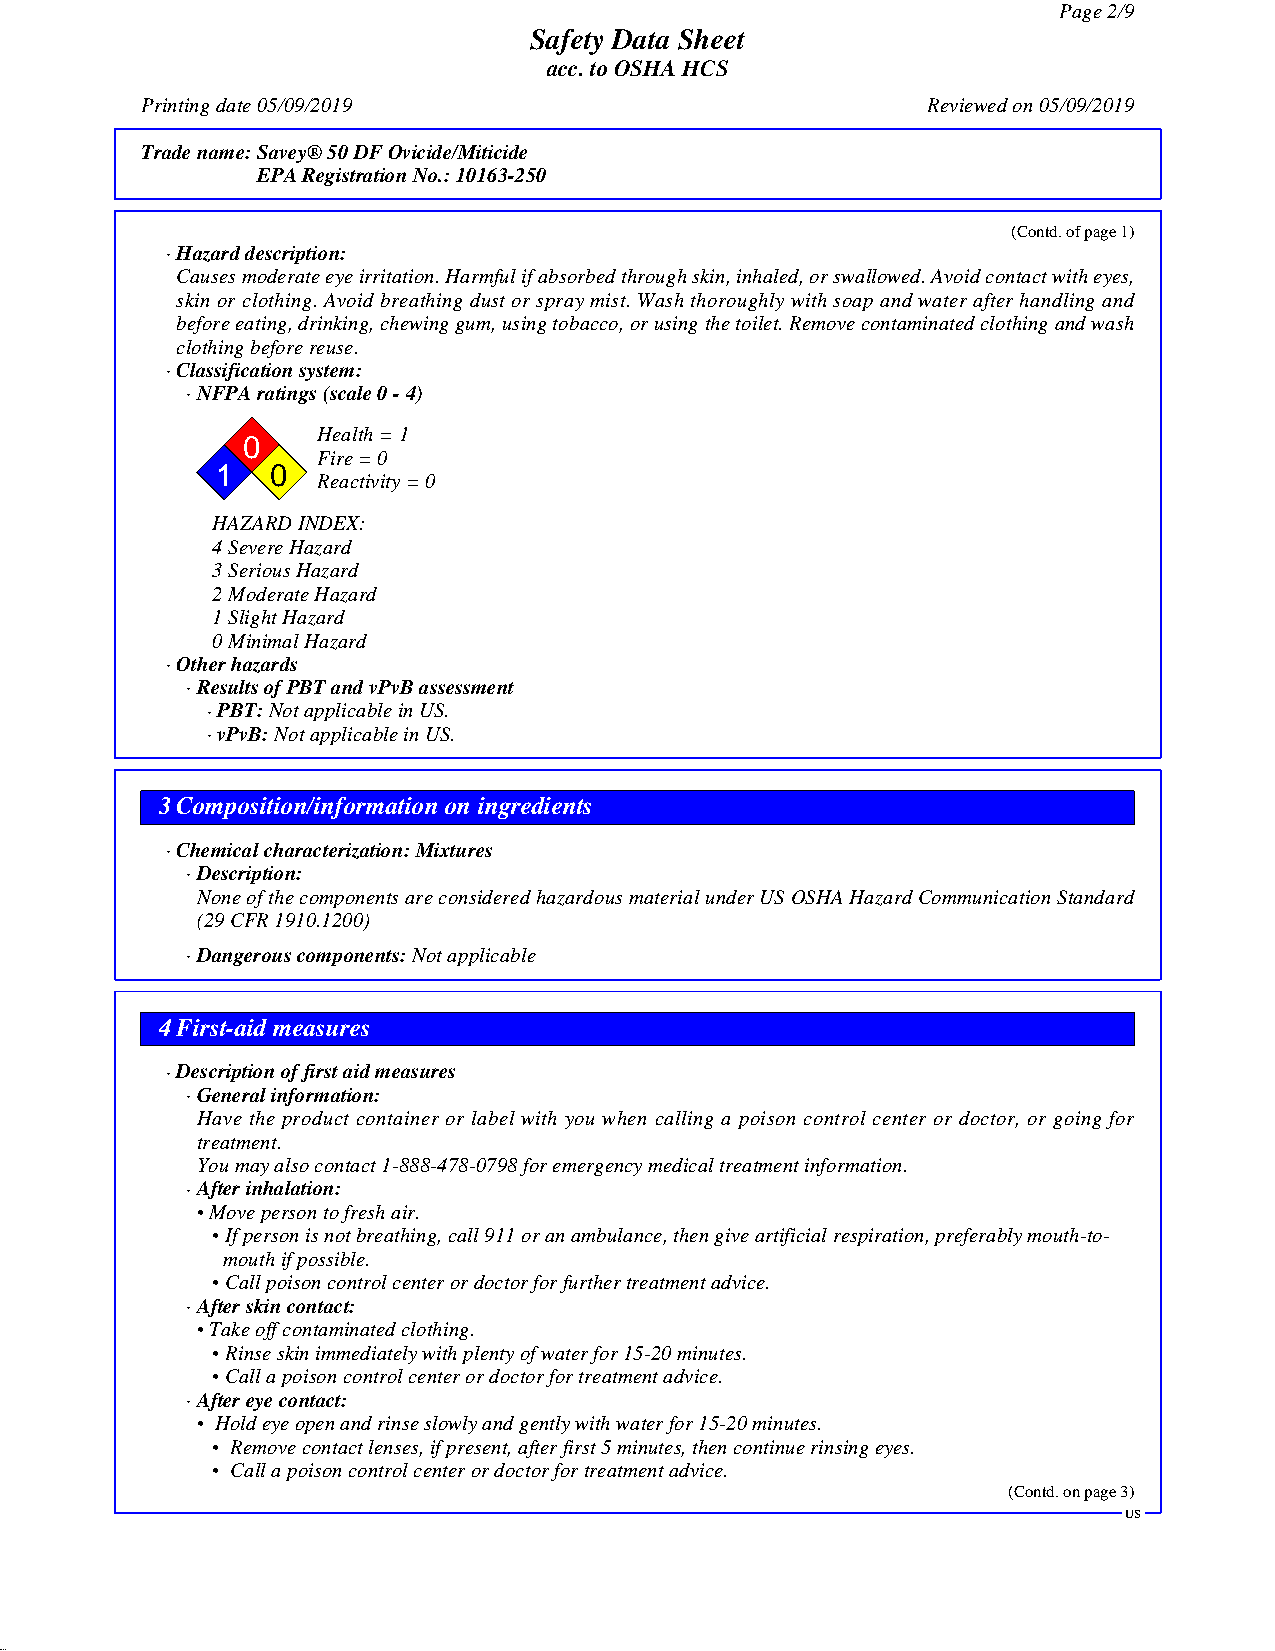
Page2/9
 Safety Data Sheet
 acc.toOSHAHCS
 Printingdate05/09/2019                              Reviewedon05/09/2019
 Tradename:Savey®50DFOvicide/Miticide
 EPARegistrationNo.:10163-250
 (Contd.ofpage1)
 ·Hazarddescription:
 Causesmoderateeyeirritation.Harmfulifabsorbedthroughskin,inhaled,orswallowed.Avoidcontactwitheyes,
 skin or clothing. Avoid breathing dustorspray mist. Wash thoroughly with soap and waterafterhandling and
 beforeeating,drinking,chewinggum,usingtobacco,orusingthetoilet.Removecontaminatedclothingandwash
 clothingbeforereuse.
 ·Classificationsystem:
 ·NFPAratings(scale0-4)
 Health=1
 0
 Fire=0
 1   0
 Reactivity=0
 HAZARDINDEX:
 4SevereHazard
 3SeriousHazard
 2ModerateHazard
 1SlightHazard
 0MinimalHazard
 ·Otherhazards
 ·ResultsofPBTandvPvBassessment
 ·PBT:NotapplicableinUS.
 ·vPvB:NotapplicableinUS.
 3Composition/information on ingredients
 ·Chemicalcharacterization:Mixtures
 ·Description:
 NoneofthecomponentsareconsideredhazardousmaterialunderUSOSHAHazardCommunicationStandard
 (29CFR1910.1200)
 ·Dangerouscomponents:Notapplicable
 4First-aid measures
 ·Descriptionoffirstaidmeasures
 ·Generalinformation:
 Have the product container or label with you when calling a poison control center or doctor, or going for
 treatment.
 Youmayalsocontact1-888-478-0798foremergencymedicaltreatmentinformation.
 ·Afterinhalation:
 •Movepersontofreshair.
 •Ifpersonisnotbreathing,call911oranambulance,thengiveartificialrespiration,preferablymouth-to-
 mouthifpossible.
 •Callpoisoncontrolcenterordoctorforfurthertreatmentadvice.
 ·Afterskincontact:
 •Takeoffcontaminatedclothing.
 •Rinseskinimmediatelywithplentyofwaterfor15-20minutes.
 •Callapoisoncontrolcenterordoctorfortreatmentadvice.
 ·Aftereyecontact:
 • Holdeyeopenandrinseslowlyandgentlywithwaterfor15-20minutes.
 • Removecontactlenses,ifpresent,afterfirst5minutes,thencontinuerinsingeyes.
 • Callapoisoncontrolcenterordoctorfortreatmentadvice.
 (Contd.onpage3)
 US
 49.0.12